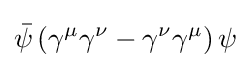
{\bar {\psi }}\left(\gamma ^{\mu }\gamma ^{\nu }-\gamma ^{\nu }\gamma ^{\mu }\right)\psi